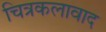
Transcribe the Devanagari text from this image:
चित्रकलावाद